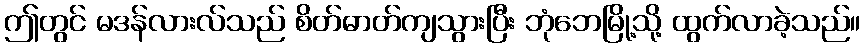
ဤတွင် မဒန်လားလ်သည် စိတ်ဓာတ်ကျသွားပြီး ဘုံဘေမြို့သို့ ထွက်လာခဲ့သည်။